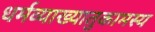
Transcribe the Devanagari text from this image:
धर्मव्याख्यातुकामस्य